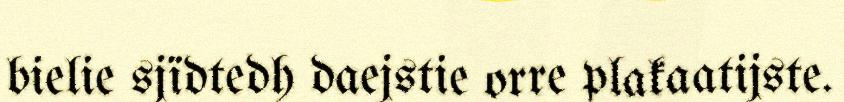
bielie sjïdtedh daejstie orre plakaatijste.